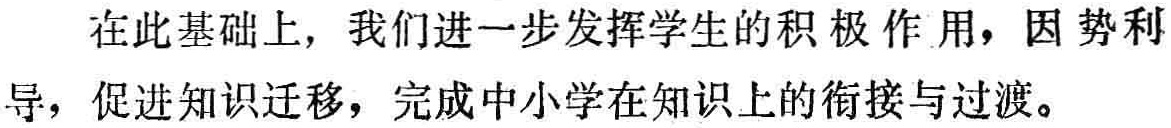
在此基础上, 我们进一步发挥学生的积极作用，因势利导，促进知识迁移，完成中小学在知识上的衔接与过渡。